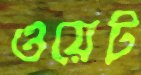
ওয়েট